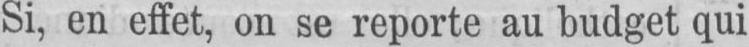
Si, en effet, on se reporte au budget qui